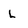
Character: L